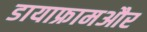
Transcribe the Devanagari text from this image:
डायाफ्रामऔर